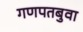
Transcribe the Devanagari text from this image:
गणपतबुवा